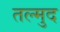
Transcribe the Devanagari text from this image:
तल्मुद